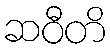
ဆဝီတိ